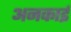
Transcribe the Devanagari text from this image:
अनकाई